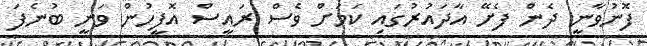
ފޮނުވާނީ ދެން ފެށޭ އާދައުރުގައި ކަމަށް ވެސް ރައީސް އޮފީހުން ވަނީ ބުނެފަ